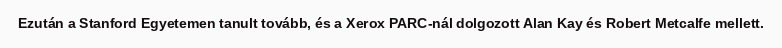
Ezután a Stanford Egyetemen tanult tovább, és a Xerox PARC-nál dolgozott Alan Kay és Robert Metcalfe mellett.